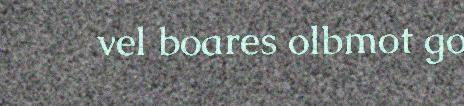
vel boares olbmot go